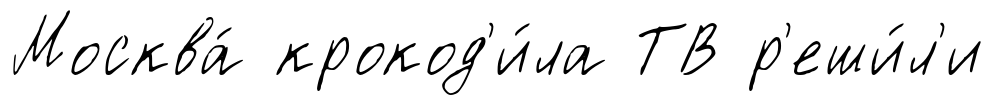
Москва́ крокод'и́ла ТВ р'еши́л'и